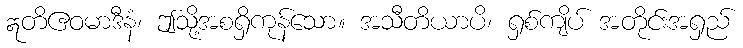
ဣတိဧဝမာဒီနံ၊ ဤသို့အစရှိကုန်သော။ အသီတိယာပိ၊ ရှစ်ကျိပ် အတိုင်းအရှည်